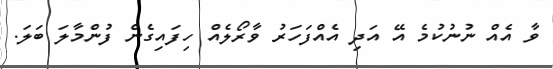
ވާ އެއް ނުނުކުމެ އޭ އަދި އެއްފަހަރު ވާރޯލެއް ހިފައިގެން ފުންމާލަ ބަލަ.